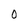
Character: 0